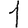
Digit: 1